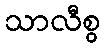
သာလီစွ